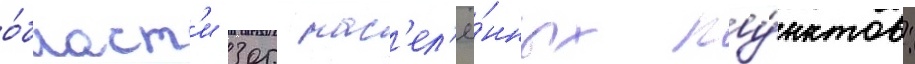
о́бласт'и 305 нас'ел'ё́нных пу́нктов: